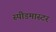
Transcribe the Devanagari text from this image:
स्पीडमास्टर